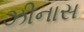
ઝીનાસ